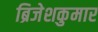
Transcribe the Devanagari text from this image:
ब्रिजेशकुमार